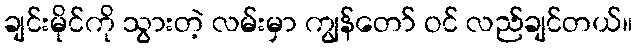
ချင်းမိုင်ကို သွားတဲ့ လမ်းမှာ ကျွန်တော် ဝင် လည်ချင်တယ်။